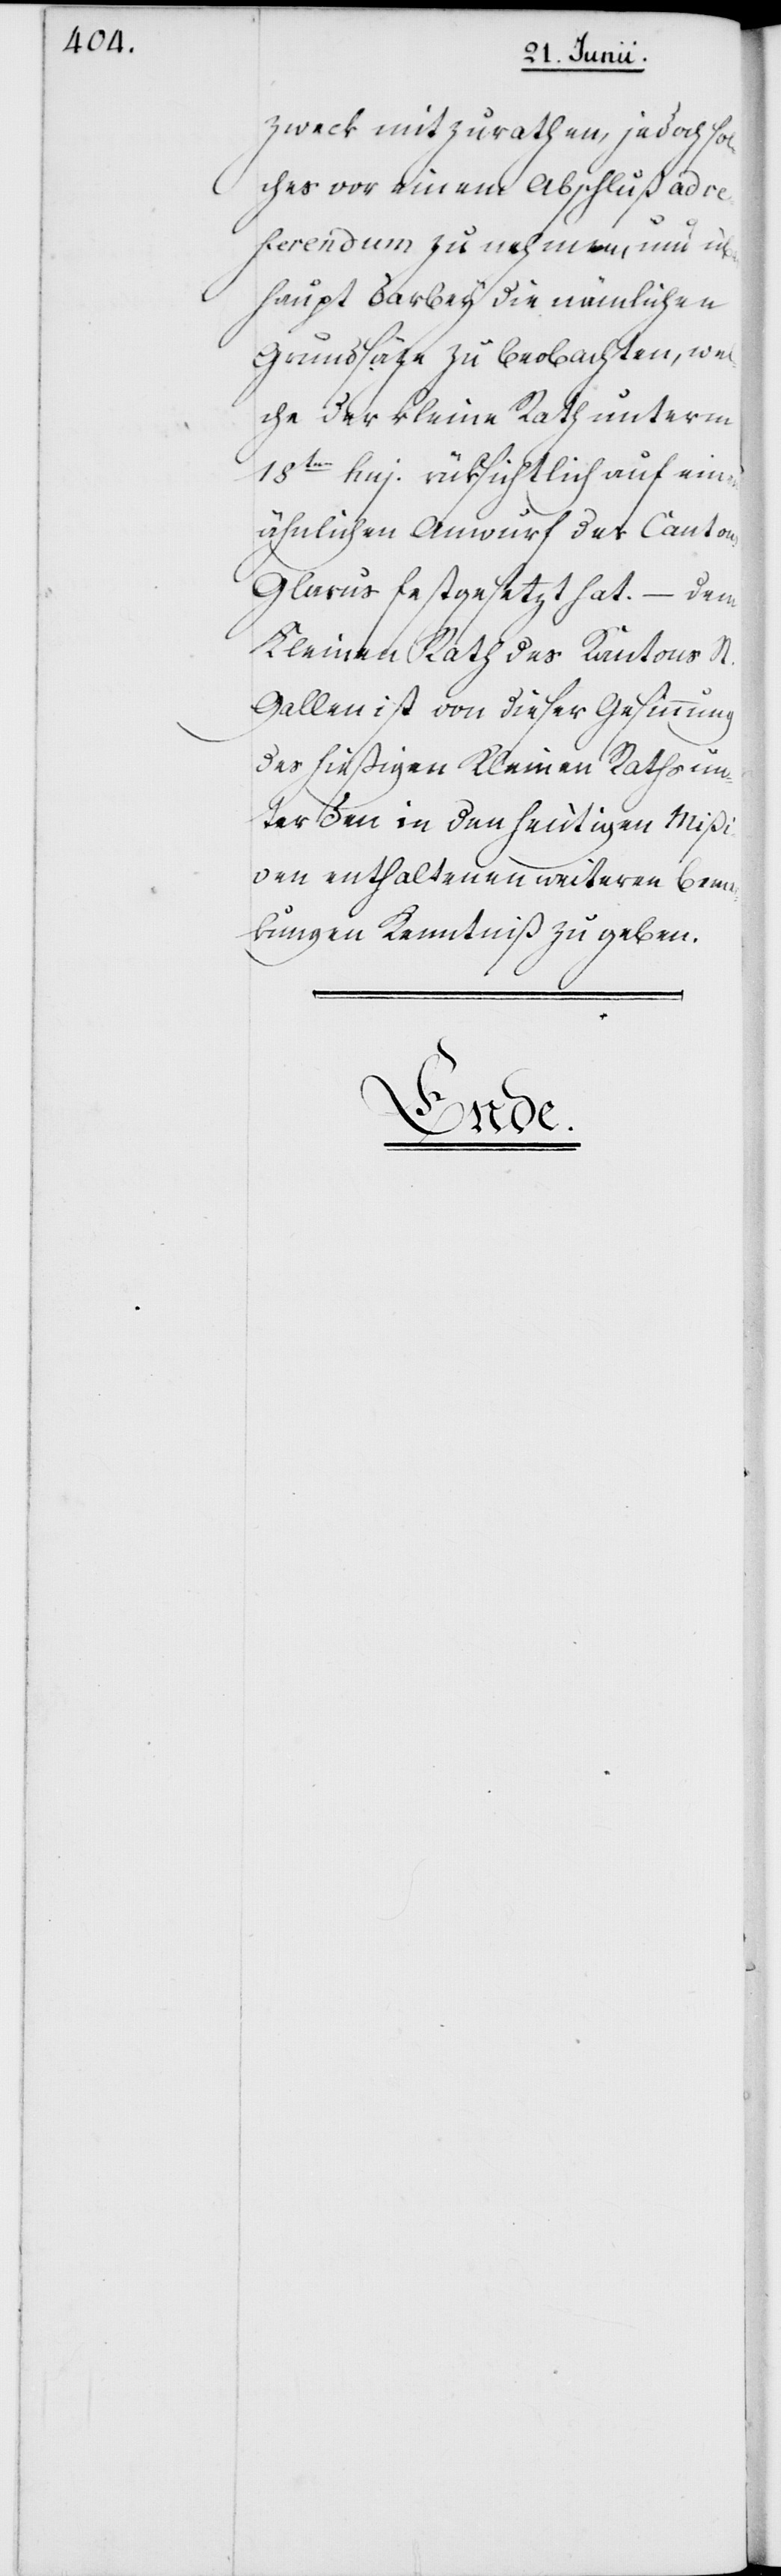
zweck mitzurathen, jedoch so¬
lches vor einem Abschluß ad re¬
ferendum zu nehmen, um über¬
haupt darbey die nämlichen
Grundsätze zu beobachten, wel¬
che der kleine Rath unterm
18ten huj. rüksichtlich auf einen
ähnlichen Anwurf des Cantons
Glarus festgesetzt hat. – Dem
Kleinen Rath des Kantons St.
Gallen ist von dieser Gesinnung
des hießigen Kleinen Raths un¬
ter den in den heutigen Mißi¬
ven enthaltenen weiteren Bemer¬
kungen Kenntniß zu geben.